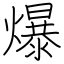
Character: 爆